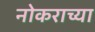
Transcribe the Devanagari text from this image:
नोकराच्या